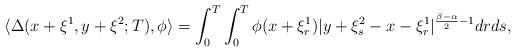
LaTeX: \begin{align*}\langle \Delta(x+\xi^1,y+\xi^2;T),\phi \rangle=\int_0^T \int_0^T\phi(x+\xi^1_r)|y+\xi^2_s-x-\xi^1_r|^{\frac{\beta-\alpha}{2}-1}drds,\end{align*}